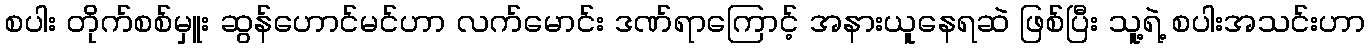
စပါး တိုက်စစ်မှူး ဆွန်ဟောင်မင်ဟာ လက်မောင်း ဒဏ်ရာကြောင့် အနားယူနေရဆဲ ဖြစ်ပြီး သူ့ရဲ့ စပါးအသင်းဟာ